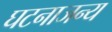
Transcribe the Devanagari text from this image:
घटनाजन्य